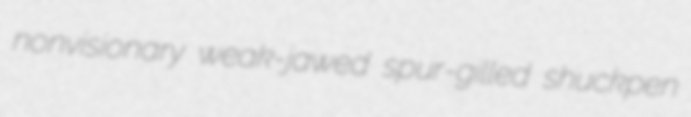
nonvisionary weak-jawed spur-gilled shuckpen